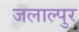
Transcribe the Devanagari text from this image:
जलाल्पुर